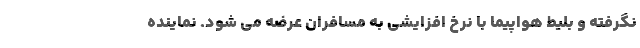
نگرفته و بلیط هواپیما با نرخ افزایشی به مسافران عرضه می شود. نماینده